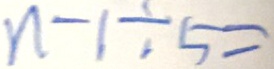
n - 1 \div 5 =